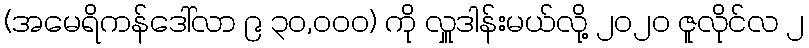
(အမေရိကန်ဒေါ်လာ ၉ ၃၀,၀၀၀) ကို လှူဒါန်းမယ်လို့ ၂၀၂၀ ဇူလိုင်လ ၂